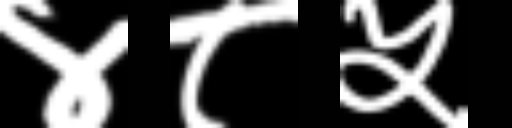
Text: ४८५